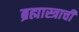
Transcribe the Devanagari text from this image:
ब्रह्मास्त्राची